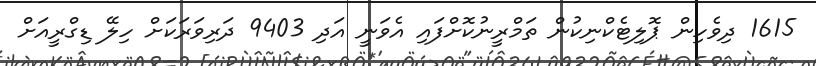
1615 ދިވެހިން ޕޮލިޓެކްނިކުން ތަމްރީނުކޮށްފައި އެވަނީ އަދި 9403 ދަރިވަރަކަށް ހިލޭ ޑިގްރީއަށް